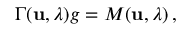
\Gamma ( { \bf u } , \lambda ) g = M ( { \bf u } , \lambda ) \, ,